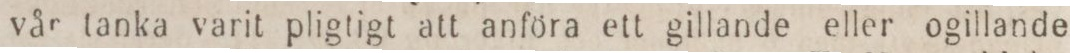
vår tanka varit pligtigt att anföra ett gillande eller ogillande